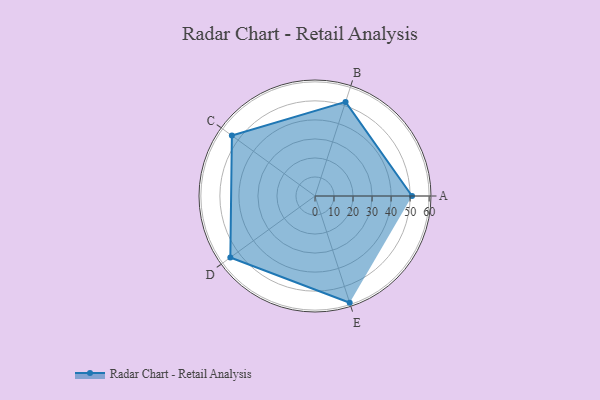
{"axis": {"x": "Skill", "y": "Score"}, "legend": ["Profile"], "data": [{"x": "A", "y": 51.0, "type": "Profile"}, {"x": "B", "y": 52.0, "type": "Profile"}, {"x": "C", "y": 54.0, "type": "Profile"}, {"x": "D", "y": 55.0, "type": "Profile"}, {"x": "E", "y": 59.0, "type": "Profile"}]}